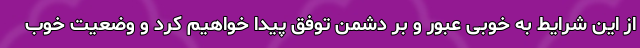
از این شرایط به خوبی عبور و بر دشمن توفق پیدا خواهیم کرد و وضعیت خوب